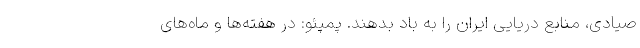
صیادی، منابع دریایی ایران را به باد بدهند. پمپئو: در هفته‌ها و ماه‌های